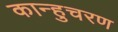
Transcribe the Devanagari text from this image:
कान्हुचरण